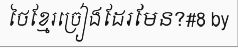
ថៃខ្មែរច្រៀងដែរមែន?#8 by